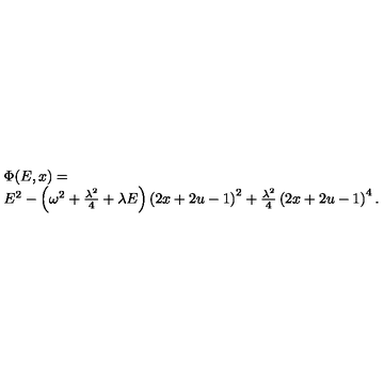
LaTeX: \begin{array} { r l } { \ } & { \Phi ( E , x ) = \ } \\ { \ } & { E ^ { 2 } - \left( \omega ^ { 2 } + \frac { \lambda ^ { 2 } } { 4 } + \lambda E \right) \left( 2 x + 2 u - 1 \right) ^ { 2 } + \frac { \lambda ^ { 2 } } { 4 } \left( 2 x + 2 u - 1 \right) ^ { 4 } . } \\ \end{array}